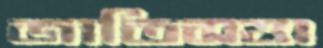
জাতিসত্তা